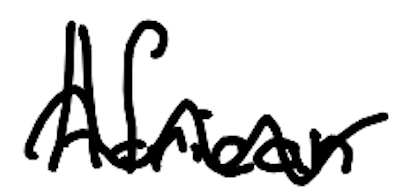
Text: African
Cross-out: mix
Writing tool: digital_black